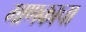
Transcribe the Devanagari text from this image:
माणकाचा